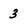
Character: 3